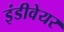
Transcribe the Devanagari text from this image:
इंडीवेयर